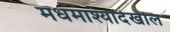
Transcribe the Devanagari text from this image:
मधमाश्यादेखील